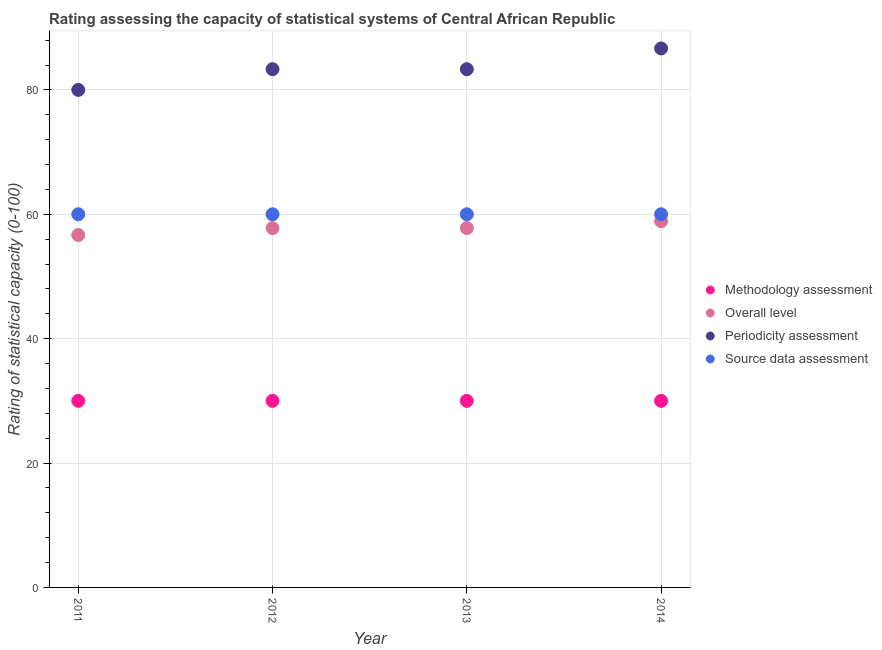
| Year | Methodology assessment | Overall level | Periodicity assessment | Source data assessment |
 | --- | --- | --- | --- | --- |
 | 2011 | 30 | 56.7 | 80 | 60 |
 | 2012 | 30 | 57.8 | 83.3 | 60 |
 | 2013 | 30 | 57.8 | 83.3 | 60 |
 | 2014 | 30 | 58.9 | 86.7 | 60 |